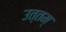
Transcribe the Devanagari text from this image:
उत्तम्